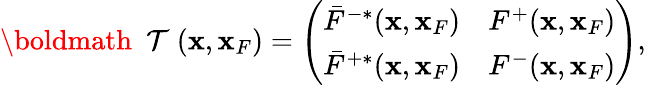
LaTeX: \begin{array}{r}{{{{\mathrm{\boldmath~{\cal~T}~}}}}({\mathbf x},{\mathbf x}_{F})=\left(\begin{array}{ll}{\bar{F}^{-*}({\mathbf x},{\mathbf x}_{F})}&{F^{+}({\mathbf x},{\mathbf x}_{F})}\\ {\bar{F}^{+*}({\mathbf x},{\mathbf x}_{F})}&{F^{-}({\mathbf x},{\mathbf x}_{F})}\end{array}\right),}\end{array}